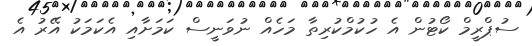
ސުޕްރީމް ކޯޓުން އެ ހުކުމްކުރިތާ މަހެއް ނުވަނީސް ކަމަށާއި އެކަމަކު އޭރު އެ